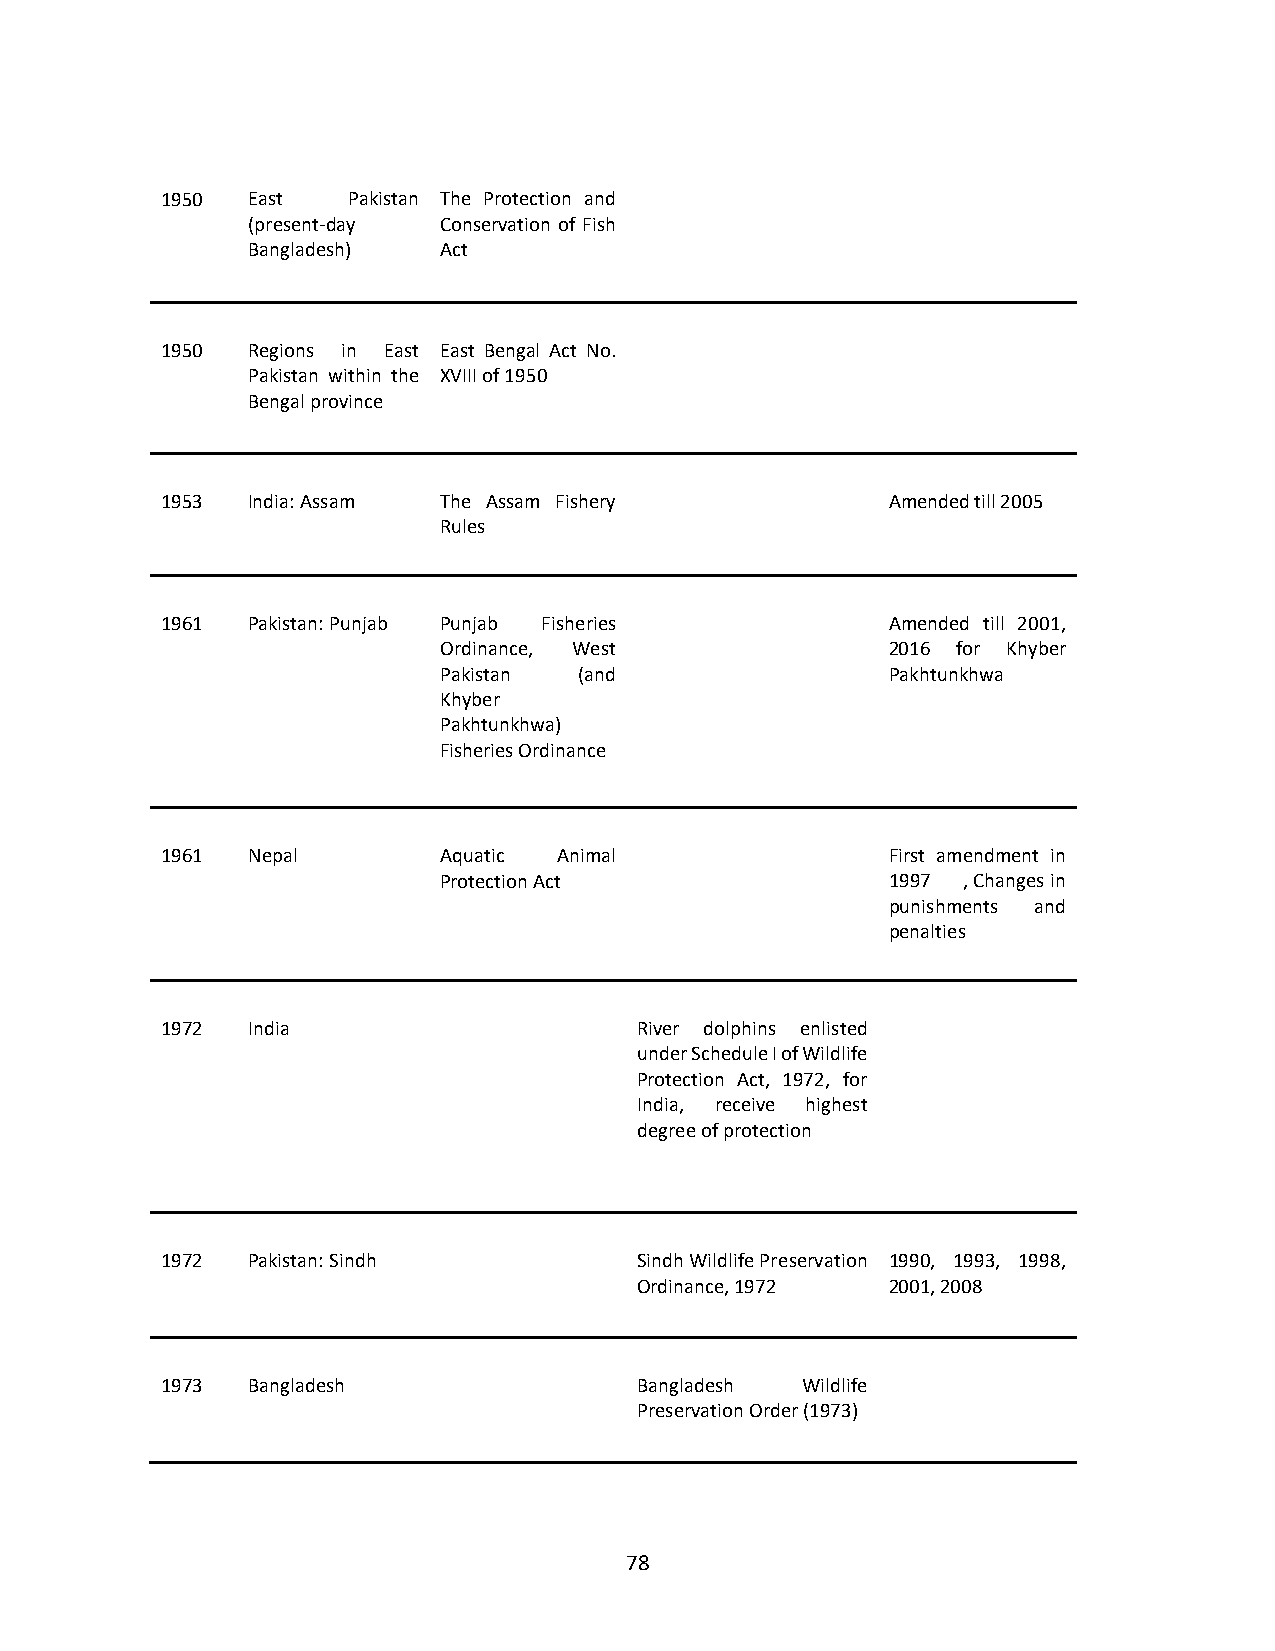
1950 East   Pakistan The Protection and
 (present-day Conservation of Fish
 Bangladesh)  Act
 1950 Regions in East East Bengal Act No.
 Pakistan within the XVIII of 1950
 Bengal province
 1953 India: Assam The Assam Fishery             Amended till 2005
 Rules
 1961 Pakistan: Punjab Punjab Fisheries          Amended till 2001,
 Ordinance, West               2016 for Khyber
 Pakistan (and                 Pakhtunkhwa
 Khyber
 Pakhtunkhwa)
 Fisheries Ordinance
 1961 Nepal        Aquatic Animal                First amendment in
 Protection Act                1997 , Changes in
 punishments and
 penalties
 1972 India                     River dolphins enlisted
 under Schedule I of Wildlife
 Protection Act, 1972, for
 India, receive highest
 degree of protection
 1972 Pakistan: Sindh           Sindh Wildlife Preservation 1990, 1993, 1998,
 Ordinance, 1972  2001, 2008
 1973 Bangladesh                Bangladesh Wildlife
 Preservation Order (1973)
 78